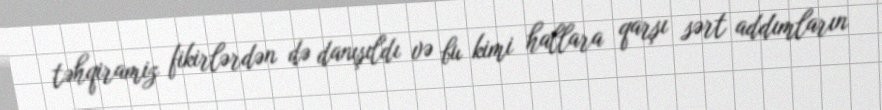
təhqiramiz fikirlərdən də danışıldı və bu kimi hallara qarşı sərt addımların